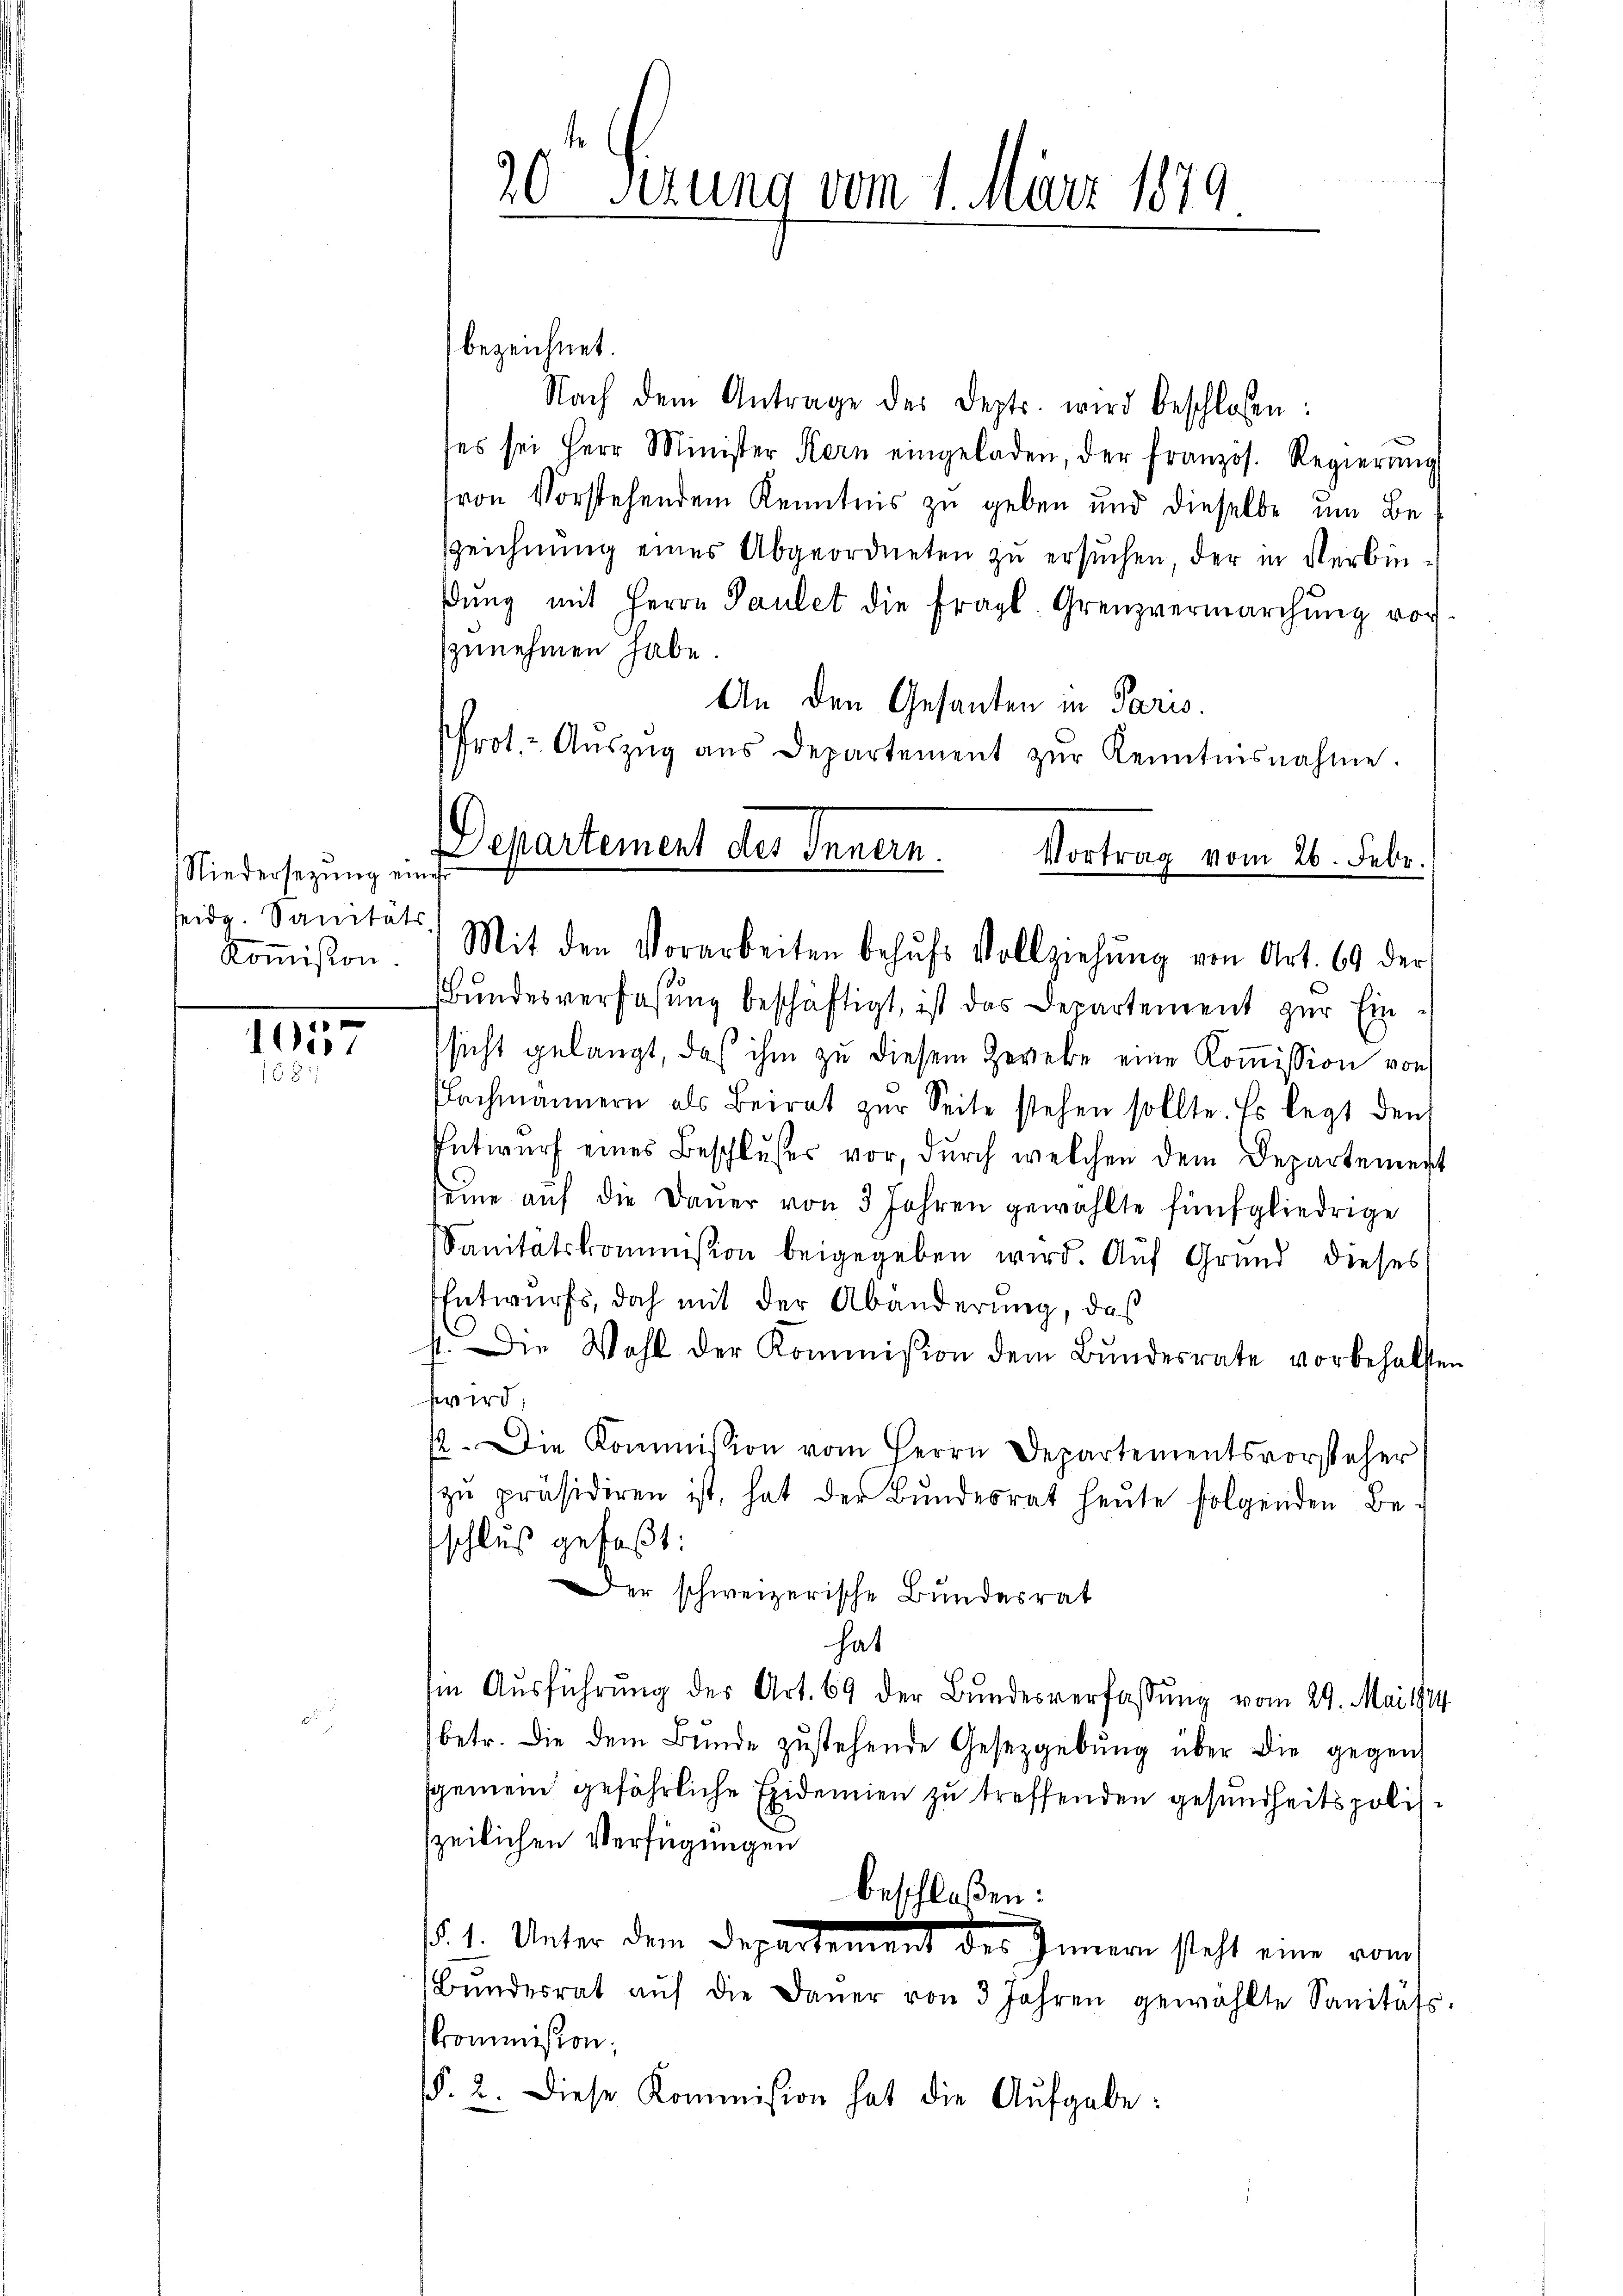
Niedersezung eines
seidg. Sanitäts
Koṁission.

1057
68

bezeichnet.
Nach dem Antrage des Depts. wird beschlossen:
es sei Herr Minister Kern eingeladen, der französ. Regierung
von Vorstehendem Kenntnis zu geben und dieselbe um Be¬
Zzeichnung eines Abgeordneten zu ersuchen der in Verbindŭng mit Herrn Paulet die fragl. Grenzvermarchŭng vor.
szunehmen habe.
An den Gesanten in Paris.
Prot. Aŭszŭg aŭs Departement zŭr Kenntnisnahme.

20t Serung vom 1. März 1879

Departement des Innern.
Vortrag vom 26. Febr.
Mit den Vorarbeiten behŭfs Vollziehŭng von Art. 69 der

Bŭndesverfassŭng beschäftigt, ist das Departement zŭr Ein
sicht gelangt, daß ihm zu diesem Gewebe eine Kommission von
Lachmännern als Beirat zŭr Seite stehen sollte. Es legt den
Entwŭrf eines Beschlußes vor dŭrch welchen dem Departement
seine aŭf die Daŭer von 3 Jahren gewählte fünfgliedrige
Sanitätskommission beigegeben wird. Auf Grund dieses
Entwurfs, doch mit der Abänderung, daß
st. Die Wahl der Kommission dem Bŭndesrate vorbehalten
hwird,
12. Die Kommission vom Herrn Departementsvorsteher
zŭ präsidiren ist, hat der Bŭndesrat heŭte folgenden Be-
schluß gefaßt:
Der schweizerische Bundesrat
hat
sin Aŭsführung der Art. 69 der Bundesverfassung vom 29. Mai 1914.
betr. die dem Bunde zŭstehende Gesetzgebŭng über die gegen
sgemen gefährliche Exidemien zu treffenden gesundheitspoliszeilichen Verfügungen
beschloßen:
.
§§. 1. Unter dem Departement des Innern steht eine vom
Bŭndesrat aŭf die Daŭer von 3 Jahren gewählte Sanitäts-
commission;
§. 2. Diese Kommission hat die Aufgabe: